[Report on the health of British troops in the Madras command]
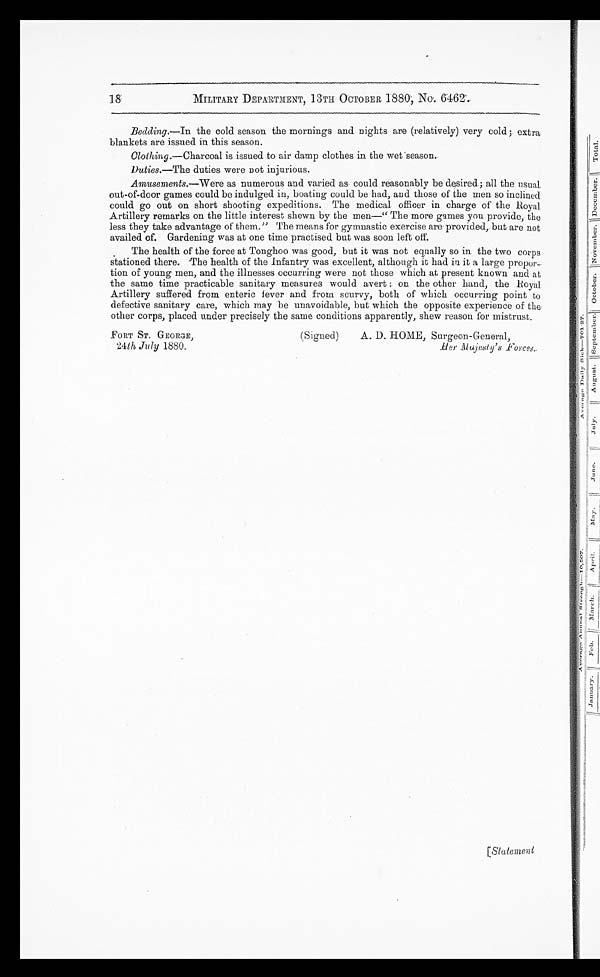
MILITARY DEPARTMENT 13TH OCTOBER 1880, No. 6462.
Bedding.—In the cold season the mornings and nights are (relatively) very cold ; extra
blankets are issued in this season.
Clothing.—Charcoal is issued to air damp clothes in the wet season.
Duties.—The duties were not injurious.
Amusements.—Were as numerous and varied as could reasonably be desired ; all the usual
out-of-door games could be indulged in, boating could be had, and those of the men so inclined
could go out on short shooting expeditions. The medical officer in charge of the Royal.
Artillery remarks on the little interest shown by the men—"The more games you provide, the
less they take advantage of them." The means for gymnastic exercise are provided, but are not
availed of. Gardening was at one time practised but was soon left off.
The health of the force at Tonghoo was good, but it was not equally so in the two corps
stationed there. The health of the Infantry was excellent, although it had in it a large propor-
tion of young men, and the illnesses occurring were not those which at present known and at
the same time practicable sanitary measures would avert : the other hand, the Royal
Artillery suffered from enteric fever and from scurvy, both of which occurring point to
defective sanitary care, which may be unavoidable, but which the opposite experience of the
other corps, placed under precisely the same conditions apparently, show reason for mistrust.
FORT ST. GEORGE,
24th July 1880.
(Signed)
A. D. HOME, Surgeon-General,
[Statement